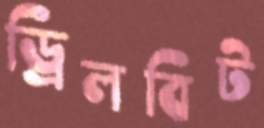
ড্রিলবিট